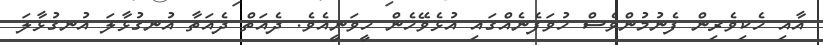
އާއި ހެކިވެރިން ފެނުމުންވެސް ހުވަފެނެއްގައި އުޅެވޭހެން ހީވަނީއެވެ. ދެއަތް ދެއަތާ އުނގުޅާލަ އުނގުޅާލަ